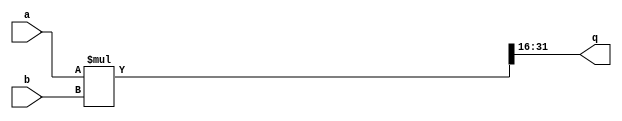
`timescale 1ns/1ns
module mult (input[15:0]a,b,output[15:0]q);
	wire[31:0]temp;
	assign temp=a*b;
	assign q=temp[31:16];
endmodule